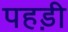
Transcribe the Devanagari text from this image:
पहड़ी